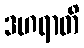
ဒဟရာတိ